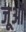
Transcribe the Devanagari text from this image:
जूओं